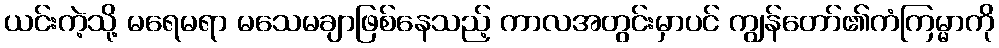
ယင်းကဲ့သို့ မရေမရာ မသေမချာဖြစ်နေသည့် ကာလအတွင်းမှာပင် ကျွန်တော်၏ကံကြမ္မာကို